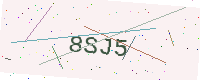
Text: 8SJ5